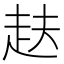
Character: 𮚴